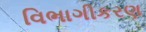
વિભાગીકરણ